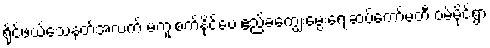
ရိုင်ဖယ်သေနတ်အလက် မကူးစက်နိုင်ပေ ဧည့်ခံကျွေးမွေးရေးဆပ်ကော်မတီ ဝမ်မိုင်ရွာ